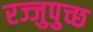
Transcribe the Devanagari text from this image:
रज्जुपुच्छ